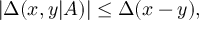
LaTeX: | \Delta ( x , y | A ) | \leq \Delta ( x - y ) ,